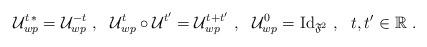
LaTeX: \begin{align*}\mathcal{U}_{wp}^{t \, *}=\mathcal{U}_{wp}^{-t} \ , \ \ \mathcal{U}_{wp}^t\circ\mathcal{U}^{t'}=\mathcal{U}_{wp}^{t+t'} \ , \ \ \mathcal{U}^0_{wp}={\rm Id}_{\mathfrak{F}^2} \ , \ \ t,t'\in\mathbb{R} \ .\end{align*}